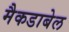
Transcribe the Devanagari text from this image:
मैकडाबेल